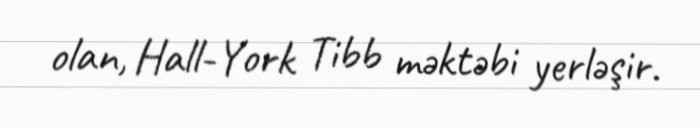
olan, Hall-York Tibb məktəbi yerləşir.